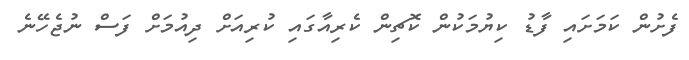
ފެށުން ކަމަށައި ފާޑު ކިޔުމަކުން ކޮޗިން ކެރިއާގައި ކުރިއަށް ދިއުމަށް ފަސް ނުޖެހޭނެ